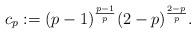
LaTeX: \begin{align*} c_p:=(p-1)^{\frac{p-1}{p}}(2-p)^{\frac{2-p}{p}}. \end{align*}